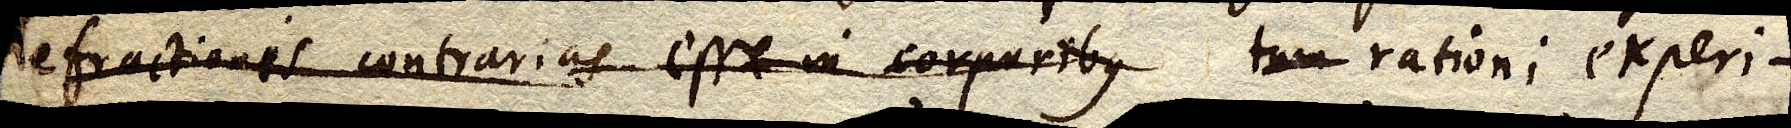
refractionis contrarias esse in corporibus tum rationi experi–